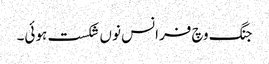
جنگ وچ فرانس نوں شکست ہوئی۔